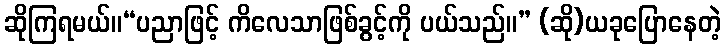
ဆိုကြရမယ်။“ပညာဖြင့် ကိလေသာဖြစ်ခွင့်ကို ပယ်သည်။” (ဆို)ယခုပြောနေတဲ့